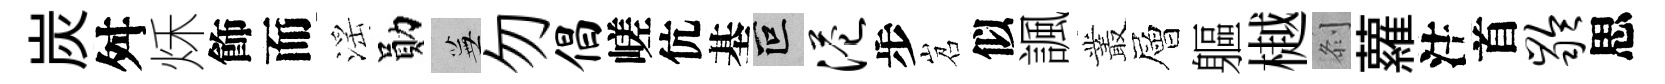
炭舛秌飾而滛勛蕪勿倡嵯伉基叵港步岧似諷叢層軀樾𠛴蘿注首龄思